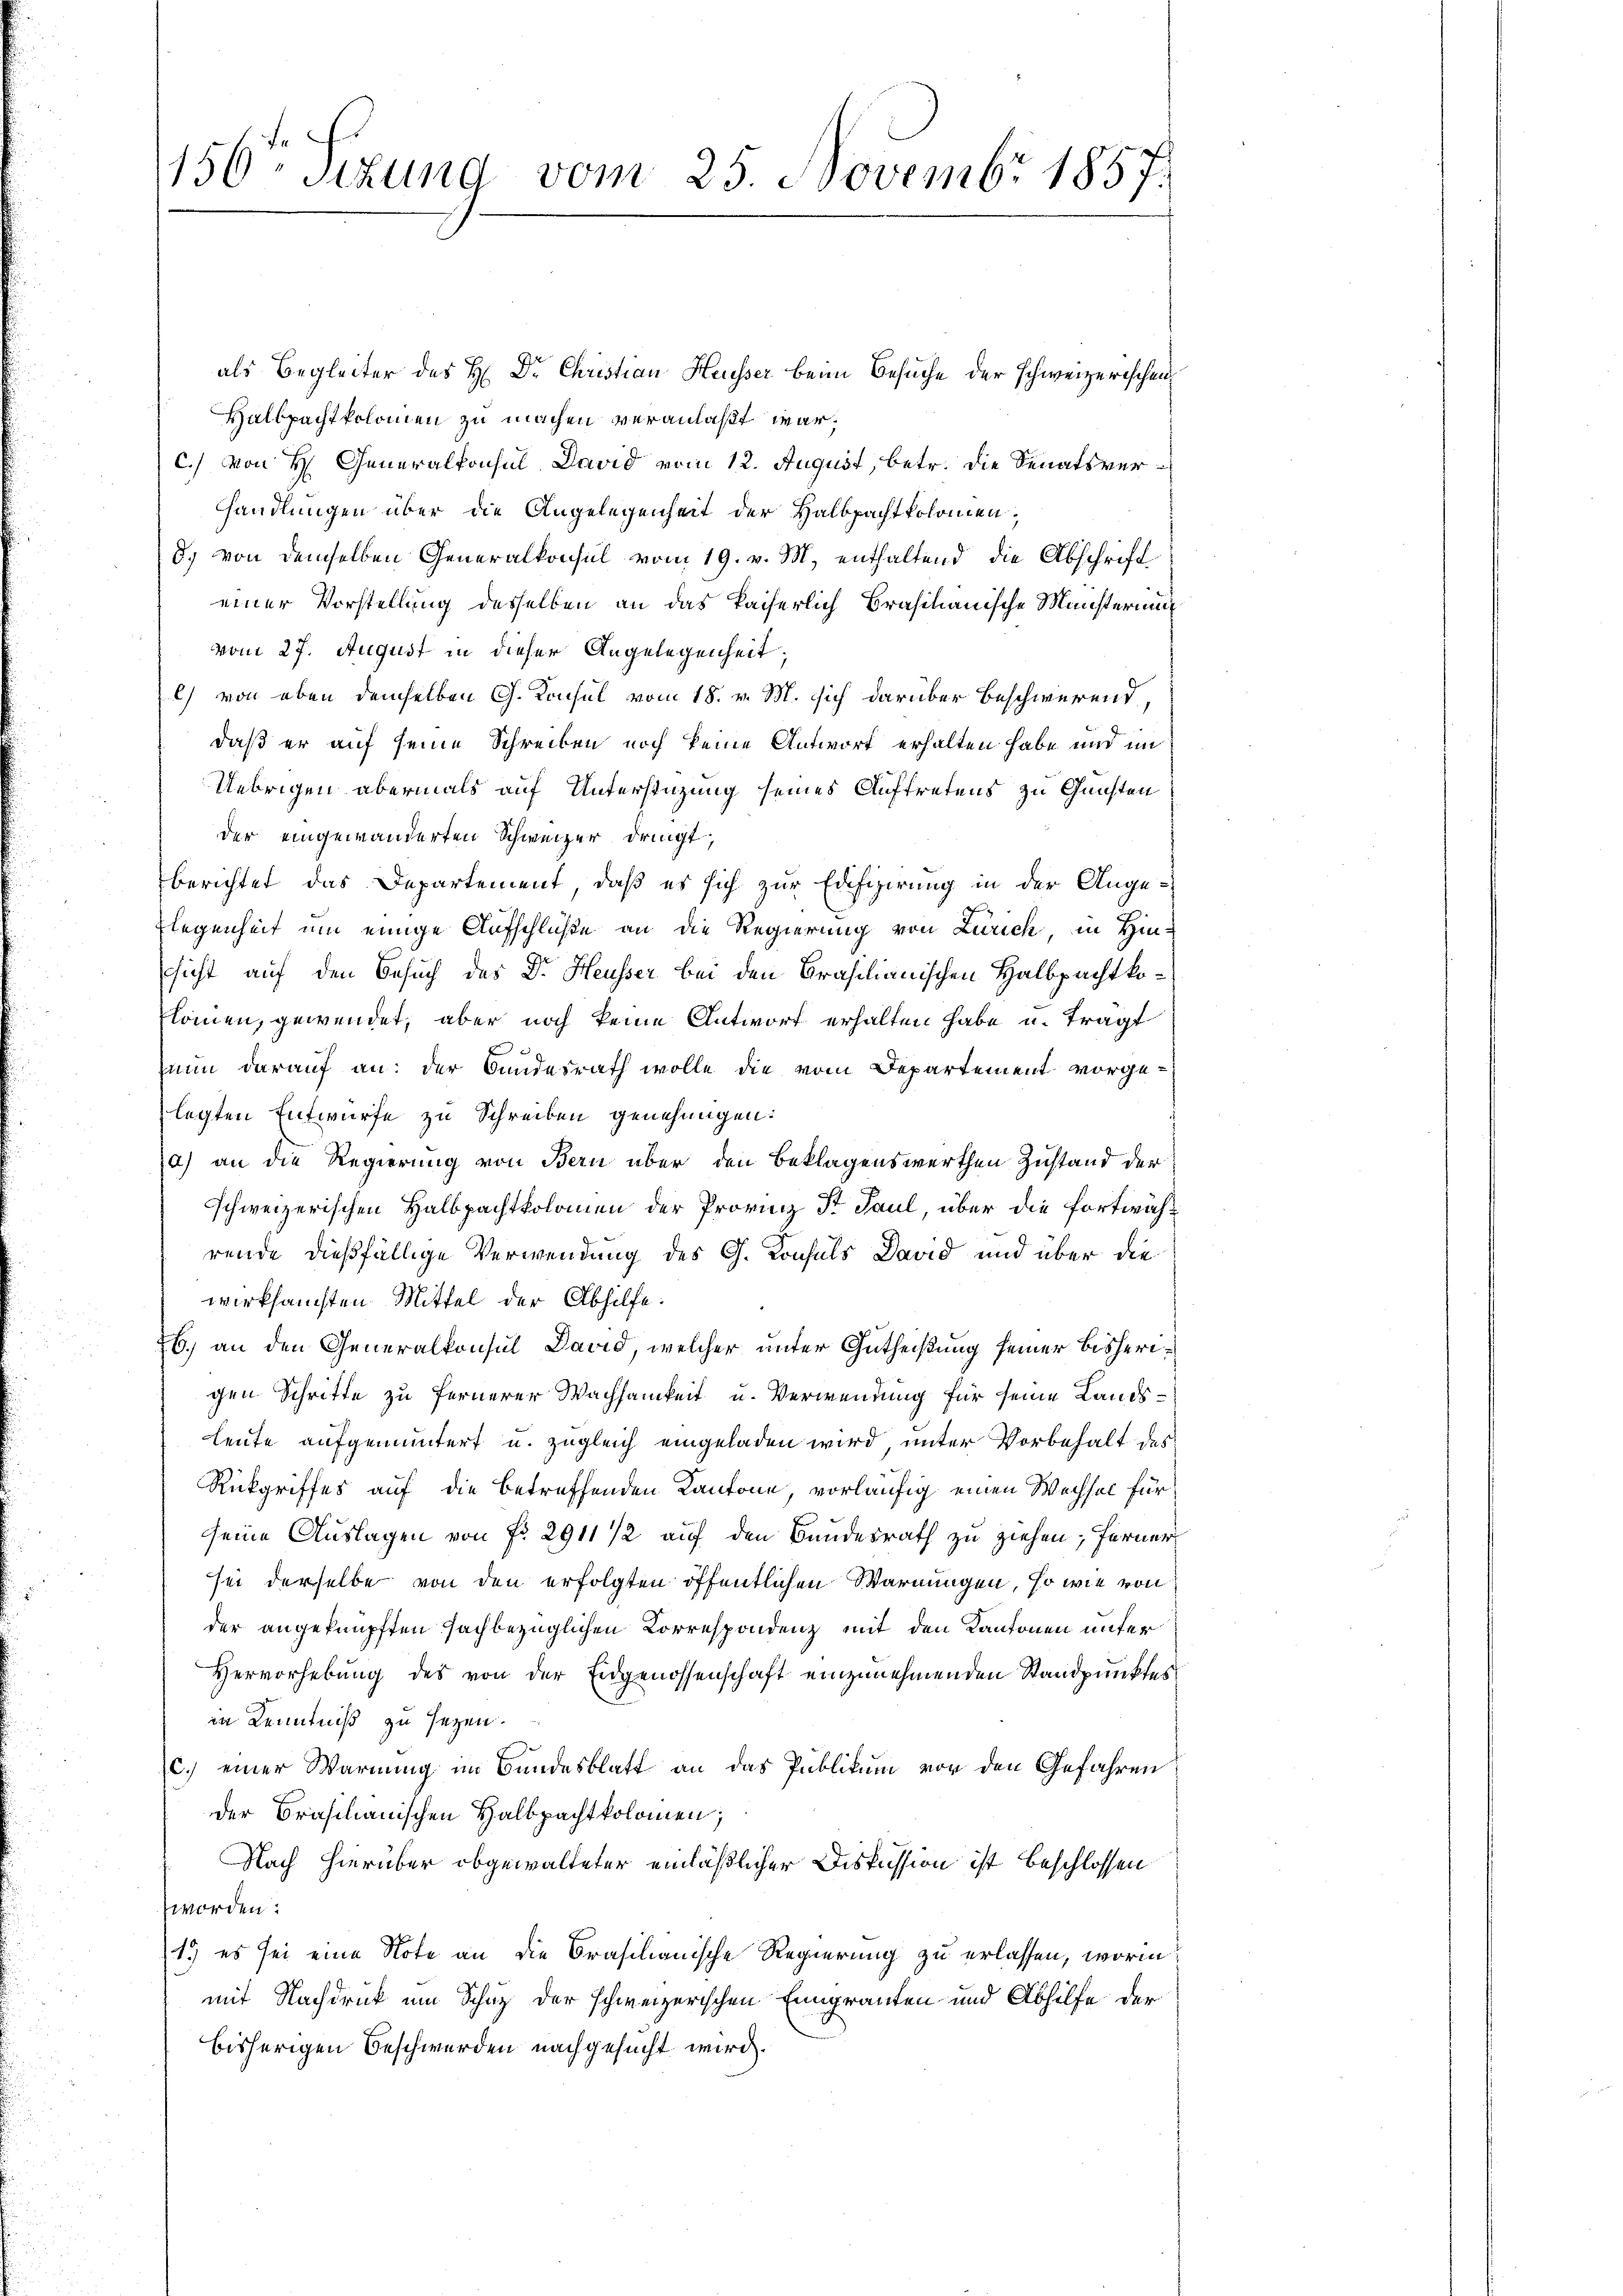
156ten Sizung vom 25. Novembr 1857
1

als Begleiter des H: Dr. Christian Heusser beim Besuche der schweizerischen
Halbpachtpolomen zu machen veranlaßt war,
C.) Von H. Generalkonsul David vom 12. August, betr. die Senatsverhandlungen über die Angelegenheit der Halbpachtkolomen,
d. von demselben Generalkonsul vom 19. v. M. enthaltend die Abschrift
einer Vorstellung desselben an das kaiserlich Brasilianische Münsteriu
vom 27. August in dieser Angelegenheit,
) von eben demselben G. Konsul vom 18. v. M. sich darüber beschwerend,
daß er auf seine Schreiben noch keine Antwort erhalten habe und im
Uebrigen abermals auf Unterstützung seines Auftretens zu Gunsten
der eingewanderten Schweizer dringt,
berichtet das Departement, daß es sich zur Edifizierung in der Ange-
Flegenheit um einige Aufschlüße an die Regierung von Zürich, in Hin-
sicht auf den Besuch des Dr. Heusser bei den Brasilianischen Halbpachtkolomen, gewendet, aber noch keine Antwort erhalten habe u. tragt
nun darauf an: der Bundesrath wolle die vom Departement vorgelegten Entwurfe zu Schreiben genehmigen:
a) an die Regierung von Bern über den Beklagenswerthen Zustand der
schweizerischen Halbpachtkolomen der Provinz St Paul, über die fortwährende dießfällige Verwendung des G. Konsuls David und über die
wirksamsten Mittel der Abhilfe.
6.) an den Generalkonsul David, welcher unter Gutheißung seiner bisherigen Schritte zu fernerer Wachsamkeit u. Verwendung für seine Lands¬
Leute aufgemuntert u. zugleich eingeladen wird unter Vorbehalt des
Rückgriffes auf die betreffenden Kantone, vorläufig einen Wechsel für
seine Auslagen von fr. 2911 1/2 auf den Bundesrath zu ziehen; ferner
sei derselbe von den erfolgten öffentlichen Warnungen, so wie von
der angeknüpften sachbezüglichen Correspondenz mit den Kantonen unter
Hervorhebung des von der Eidgenossenschaft einzunehmenden Standpunktes
in Kenntniß zu sezen.
c.) einer Warnung im Bundesblatt an das Publikum vor den Gefahren
der Brasilianischen Halbpachtkolomen;
Nach hierüber obgewalteter einläßlicher Diskussion ist beschlossen
worden:
1.) es sei eine Note an die Brasilianische Regierung zu erlassen, worin
mit Nachdruck um Schutz der schweizerischen Eingranten und Abhilfe der
bisherigen Beschwerden nachgesucht wird.